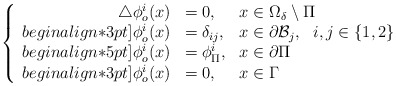
\begin{align*}\left\{\begin{array}{r l l }\triangle\phi_o^i(x) & = 0, & x\in \Omega_\delta\setminus \Pi\\begin{align*}3pt]\phi_o^i(x) & =\delta_{ij}, & \displaystyle x\in\partial \mathcal{B}_j,~~i,j\in\{1,2\}\\begin{align*}5pt]\phi_o^i(x) & = \phi_\Pi^i, & x\in \partial\Pi\\begin{align*}3pt]\phi_o^i(x) & = 0, & x\in \Gamma\end{array}\right.\end{align*}